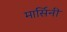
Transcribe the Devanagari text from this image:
मार्सिनी